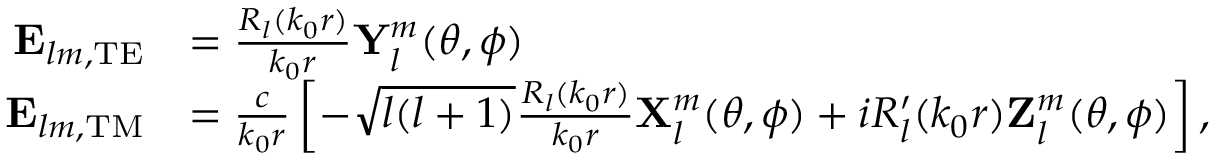
\begin{array} { r l } { \mathbf { E } _ { l m , \mathrm { T E } } } & { = \frac { R _ { l } ( k _ { 0 } r ) } { k _ { 0 } r } \mathbf { Y } _ { l } ^ { m } ( \theta , \phi ) } \\ { \mathbf { E } _ { l m , \mathrm { T M } } } & { = \frac { c } { k _ { 0 } r } \left[ - \sqrt { l ( l + 1 ) } \frac { R _ { l } ( k _ { 0 } r ) } { k _ { 0 } r } \mathbf { X } _ { l } ^ { m } ( \theta , \phi ) + i R _ { l } ^ { \prime } ( k _ { 0 } r ) \mathbf { Z } _ { l } ^ { m } ( \theta , \phi ) \right] , } \end{array}